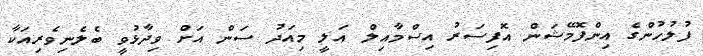
ފުލުހުންގެ އިންފޮމޭޝަން އޮފިސަރު އިސްމާއިލް އަލީ މިއަދު ސަން އަށް ވިދާޅުވީ ބެލެނިވެރިއަކާ